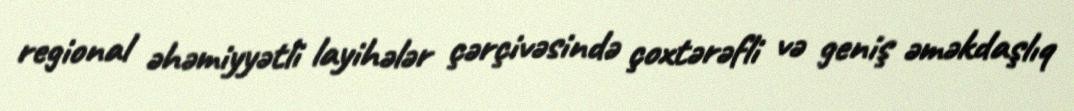
regional əhəmiyyətli layihələr çərçivəsində çoxtərəfli və geniş əməkdaşlıq